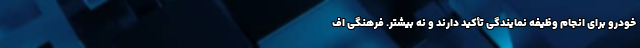
خودرو برای انجام وظیفه نمایندگی تأکید دارند و نه بیشتر. فرهنگی اف